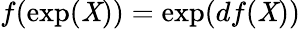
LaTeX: f(\exp(\mathit{X}))=\exp(df(\mathit{X}))